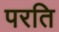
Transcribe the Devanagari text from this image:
परति